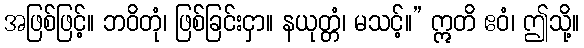
အဖြစ်ဖြင့်။ ဘဝိတုံ၊ ဖြစ်ခြင်းငှာ။ နယုတ္တံ၊ မသင့်။” ဣတိ ဧဝံ၊ ဤသို့။